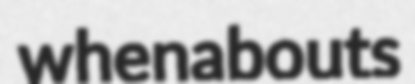
whenabouts